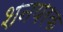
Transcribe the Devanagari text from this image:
शनयरक